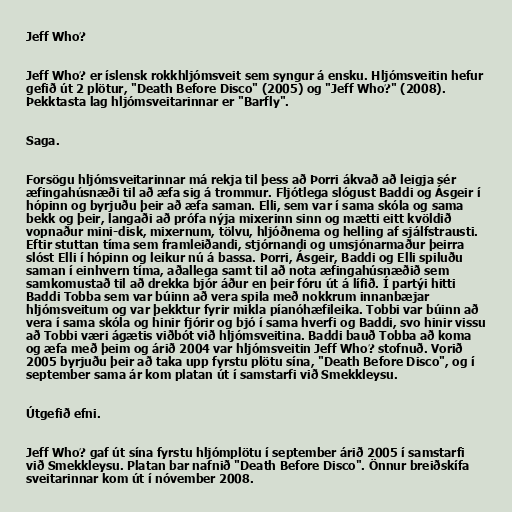
Jeff Who?

Jeff Who? er íslensk rokkhljómsveit sem syngur á ensku. Hljómsveitin hefur
gefið út 2 plötur, "Death Before Disco" (2005) og "Jeff Who?" (2008).
Þekktasta lag hljómsveitarinnar er "Barfly".

Saga.

Forsögu hljómsveitarinnar má rekja til þess að Þorri ákvað að leigja sér
æfingahúsnæði til að æfa sig á trommur. Fljótlega slógust Baddi og Ásgeir í
hópinn og byrjuðu þeir að æfa saman. Elli, sem var í sama skóla og sama
bekk og þeir, langaði að prófa nýja mixerinn sinn og mætti eitt kvöldið
vopnaður mini-disk, mixernum, tölvu, hljóðnema og helling af sjálfstrausti.
Eftir stuttan tíma sem framleiðandi, stjórnandi og umsjónarmaður þeirra
slóst Elli í hópinn og leikur nú á bassa. Þorri, Ásgeir, Baddi og Elli spiluðu
saman í einhvern tíma, aðallega samt til að nota æfingahúsnæðið sem
samkomustað til að drekka bjór áður en þeir fóru út á lífið. Í partýi hitti
Baddi Tobba sem var búinn að vera spila með nokkrum innanbæjar
hljómsveitum og var þekktur fyrir mikla píanóhæfileika. Tobbi var búinn að
vera í sama skóla og hinir fjórir og bjó í sama hverfi og Baddi, svo hinir vissu
að Tobbi væri ágætis viðbót við hljómsveitina. Baddi bauð Tobba að koma
og æfa með þeim og árið 2004 var hljómsveitin Jeff Who? stofnuð. Vorið
2005 byrjuðu þeir að taka upp fyrstu plötu sína, "Death Before Disco", og í
september sama ár kom platan út í samstarfi við Smekkleysu.

Útgefið efni.

Jeff Who? gaf út sína fyrstu hljómplötu í september árið 2005 í samstarfi
við Smekkleysu. Platan bar nafnið "Death Before Disco". Önnur breiðskífa
sveitarinnar kom út í nóvember 2008.